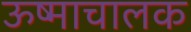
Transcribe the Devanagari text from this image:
ऊष्माचालक